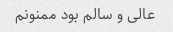
عالی و سالم بود ممنونم